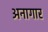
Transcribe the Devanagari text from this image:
अनागार